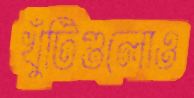
খুঁটিগুলোও